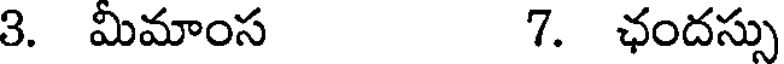
3. మిమాంస 7. ఛందస్సు